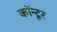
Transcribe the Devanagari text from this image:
कॉन्टूर